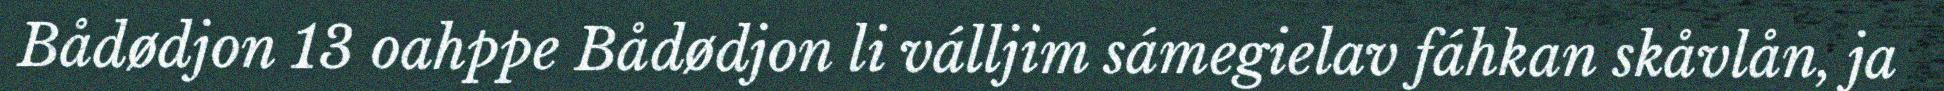
Bådødjon 13 oahppe Bådødjon li válljim sámegielav fáhkan skåvlån, ja